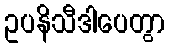
ဥပနိသီဒါပေတွာ